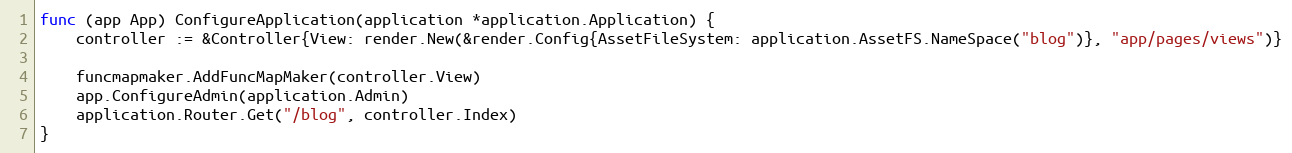
Language: Go
func (app App) ConfigureApplication(application *application.Application) {
	controller := &Controller{View: render.New(&render.Config{AssetFileSystem: application.AssetFS.NameSpace("blog")}, "app/pages/views")}

	funcmapmaker.AddFuncMapMaker(controller.View)
	app.ConfigureAdmin(application.Admin)
	application.Router.Get("/blog", controller.Index)
}